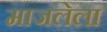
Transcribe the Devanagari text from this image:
माजलेला